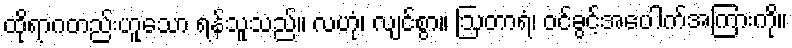
ထိုရာဂတည်းဟူသော ရန်သူသည်။ လဟုံ၊ လျင်စွာ။ ဩတာရံ၊ ဝင်ခွင့်အပေါက်အကြားကို။